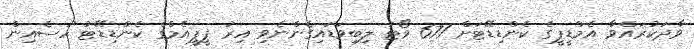
ވާދަކުރައްވާ އެމްޑީޕީގެ ކެންޑިޑޭޓަށް 671 ވޯޓު ލިބިވަޑައިގެންނެވި އިރު ޕީޕީއެމްގެ ކެންޑިޑޭޓު ހުސެއިން